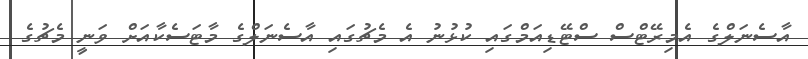
އާސެނަލްގެ އެމިރޭޓްސް ސްޓޭޑިއަމްގައި ކުޅުނު އެ މެޗުގައި އާސެނަލްގެ މާޓަސެކާއަށް ވަނީ މެޗުގެ